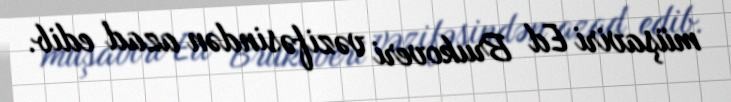
müşaviri Ed Brukoveri vəzifəsindən azad edib.